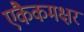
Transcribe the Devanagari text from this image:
एकैकमक्षरं